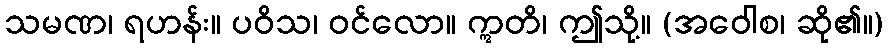
သမဏ၊ ရဟန်း။ ပဝိသ၊ ဝင်လော။ ဣတိ၊ ဤသို့။ (အဝေါစ၊ ဆို၏။)